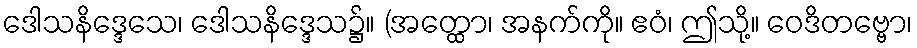
ဒေါသနိဒ္ဒေသေ၊ ဒေါသနိဒ္ဒေသ၌။ (အတ္ထော၊ အနက်ကို။ ဧဝံ၊ ဤသို့။ ဝေဒိတဗ္ဗော၊